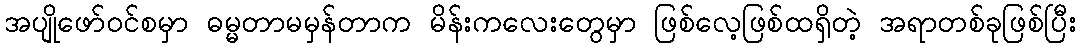
အပျိုဖော်ဝင်စမှာ ဓမ္မတာမမှန်တာက မိန်းကလေးတွေမှာ ဖြစ်လေ့ဖြစ်ထရှိတဲ့ အရာတစ်ခုဖြစ်ပြီး